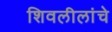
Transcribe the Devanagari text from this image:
शिवलीलांचे